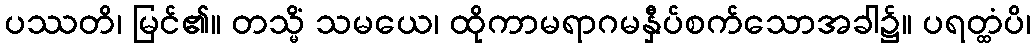
ပဿတိ၊ မြင်၏။ တသ္မိံ သမယေ၊ ထိုကာမရာဂမနှီပ်စက်သောအခါ၌။ ပရတ္ထံပိ၊